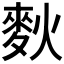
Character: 𪌌